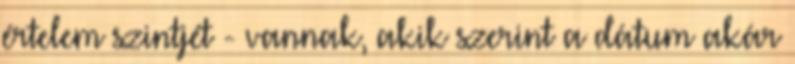
értelem szintjét - vannak, akik szerint a dátum akár